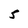
Character: 5